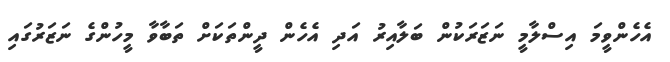
އެހެންވީމަ އިސްލާމީ ނަޒަރަކުން ބަލާއިރު އަދި އެހެން ދީންތަކަށް ތަބާވާ މީހުންގެ ނަޒަރުގައި